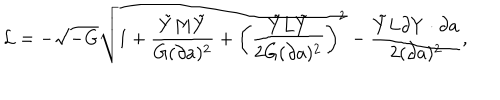
LaTeX: { \cal L } = - \sqrt { - G } \sqrt { 1 + { \frac { \tilde { Y } M \tilde { Y } } { G ( \partial a ) ^ { 2 } } } + \left( { \frac { \tilde { Y } L \tilde { Y } } { 2 G ( \partial a ) ^ { 2 } } } \right) ^ { 2 } } - { \frac { \tilde { Y } L \partial Y \cdot \partial a } { 2 ( \partial a ) ^ { 2 } } } ,